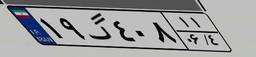
۱۹گ۴۰۸۱۱